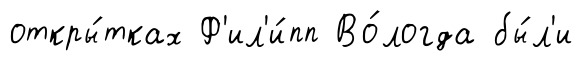
откры́тках Ф'ил'и́пп Во́логда бы́л'и